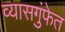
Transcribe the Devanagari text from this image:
व्यासगुंफेत